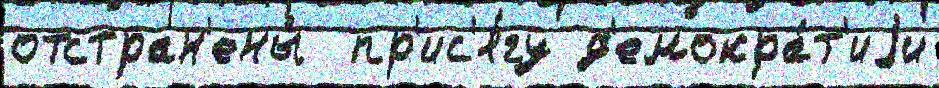
отстран'ены́  пр'ис'я́гу д'емокра́т'иjи